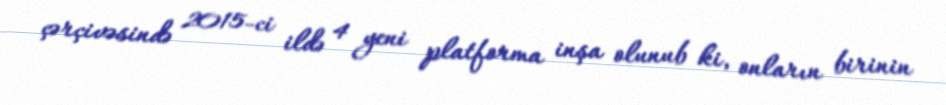
çərçivəsində 2015-ci ildə 4 yeni platforma inşa olunub ki, onların birinin